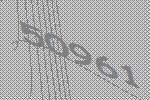
50961